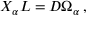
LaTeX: { \cal X } _ { \alpha } L = D \Omega _ { \alpha } \, ,